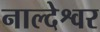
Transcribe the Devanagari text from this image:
नाल्देश्वर